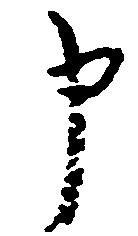
申